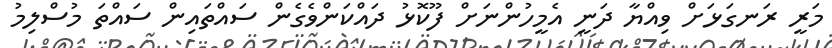
މަރީ ރަނގަޅަށް ވިއްޔާ ދަނީ އެމީހުންނަށް ފޫކޮޅު ދައްކަންވެގެން ސައްތައިން ސައްތަ މުސްލިމު